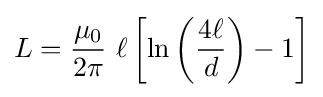
L={\frac {\mu _{0}}{2\pi }}\ \ell \left[\ln \left({\frac {4\ell }{d}}\right)-1\right]